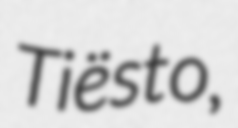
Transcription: Tiësto,